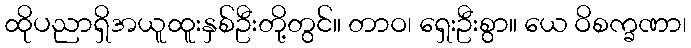
ထိုပညာရှိအယူထူးနှစ်ဦးတို့တွင်။ တာဝ၊ ရှေးဦးစွာ။ ယေ ဝိစက္ခဏာ၊